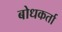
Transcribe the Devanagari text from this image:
बोधकर्ता